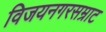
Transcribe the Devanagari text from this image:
विजयनगरसम्राट